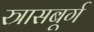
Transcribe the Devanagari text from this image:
स्त्रासबूर्ग